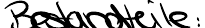
Bestandteile: